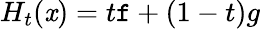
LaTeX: H_{t}(\mathit{x})=t\mathtt{f}+(1-t)g